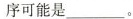
序可能是___。